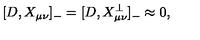
[ D , X _ { \mu \nu } ] _ { - } = [ D , X _ { \mu \nu } ^ { \bot } ] _ { - } \approx 0 ,